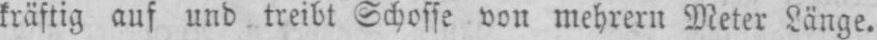
kräftig auf und treibt Schosse von mehrern Meter Länge.